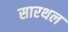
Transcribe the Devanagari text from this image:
सारथल